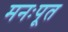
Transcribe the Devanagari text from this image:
मनःपूत